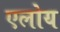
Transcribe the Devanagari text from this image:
एलोय